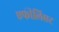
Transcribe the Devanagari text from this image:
एफीलिएट